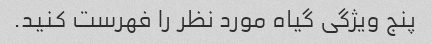
پنج ویژگی گیاه مورد نظر را فهرست کنید.